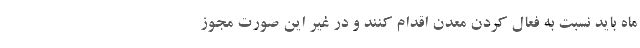
ماه باید نسبت به فعال کردن معدن اقدام کنند و در غیر این صورت مجوز